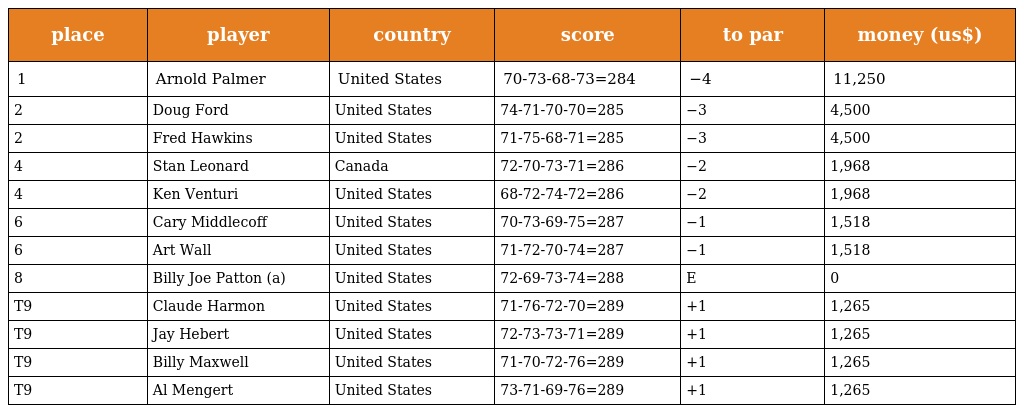
| place | player | country | score | to par | money (us$) |
 | --- | --- | --- | --- | --- | --- |
 | 1 | Arnold Palmer | United States | 70-73-68-73=284 | −4 | 11,250 |
 | 2 | Doug Ford | United States | 74-71-70-70=285 | −3 | 4,500 |
 | 2 | Fred Hawkins | United States | 71-75-68-71=285 | −3 | 4,500 |
 | 4 | Stan Leonard | Canada | 72-70-73-71=286 | −2 | 1,968 |
 | 4 | Ken Venturi | United States | 68-72-74-72=286 | −2 | 1,968 |
 | 6 | Cary Middlecoff | United States | 70-73-69-75=287 | −1 | 1,518 |
 | 6 | Art Wall | United States | 71-72-70-74=287 | −1 | 1,518 |
 | 8 | Billy Joe Patton (a) | United States | 72-69-73-74=288 | E | 0 |
 | T9 | Claude Harmon | United States | 71-76-72-70=289 | +1 | 1,265 |
 | T9 | Jay Hebert | United States | 72-73-73-71=289 | +1 | 1,265 |
 | T9 | Billy Maxwell | United States | 71-70-72-76=289 | +1 | 1,265 |
 | T9 | Al Mengert | United States | 73-71-69-76=289 | +1 | 1,265 |